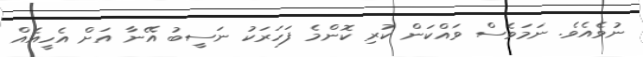
ނުވެއެވެ. ނަމަވެސް ވައްކަން ކުރި ކޮންމެ ފަހަރަކު ނަސީބު އޭނާ އަށް އެހީއެއް